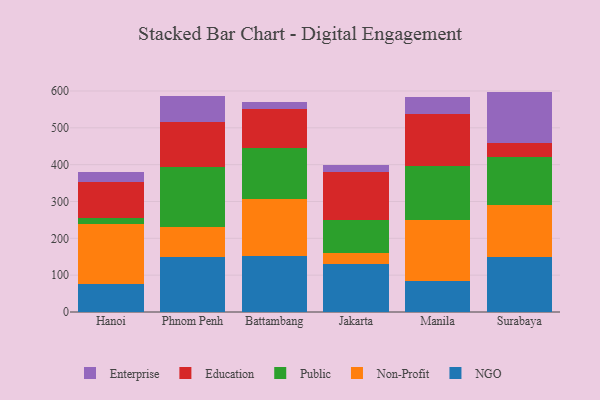
{"axis": {"x": "City", "y": "LTV (USD)"}, "legend": ["Education", "Enterprise", "NGO", "Non-Profit", "Public"], "data": [{"x": "Hanoi", "y": 75.5, "type": "NGO"}, {"x": "Hanoi", "y": 163.4, "type": "Non-Profit"}, {"x": "Hanoi", "y": 16.9, "type": "Public"}, {"x": "Hanoi", "y": 97.5, "type": "Education"}, {"x": "Hanoi", "y": 27.6, "type": "Enterprise"}, {"x": "Phnom Penh", "y": 148.6, "type": "NGO"}, {"x": "Phnom Penh", "y": 81.6, "type": "Non-Profit"}, {"x": "Phnom Penh", "y": 163.8, "type": "Public"}, {"x": "Phnom Penh", "y": 122.9, "type": "Education"}, {"x": "Phnom Penh", "y": 69.8, "type": "Enterprise"}, {"x": "Battambang", "y": 151.2, "type": "NGO"}, {"x": "Battambang", "y": 155.0, "type": "Non-Profit"}, {"x": "Battambang", "y": 139.6, "type": "Public"}, {"x": "Battambang", "y": 104.5, "type": "Education"}, {"x": "Battambang", "y": 20.2, "type": "Enterprise"}, {"x": "Jakarta", "y": 131.1, "type": "NGO"}, {"x": "Jakarta", "y": 30.2, "type": "Non-Profit"}, {"x": "Jakarta", "y": 89.7, "type": "Public"}, {"x": "Jakarta", "y": 130.0, "type": "Education"}, {"x": "Jakarta", "y": 16.8, "type": "Enterprise"}, {"x": "Manila", "y": 84.2, "type": "NGO"}, {"x": "Manila", "y": 166.0, "type": "Non-Profit"}, {"x": "Manila", "y": 147.2, "type": "Public"}, {"x": "Manila", "y": 140.7, "type": "Education"}, {"x": "Manila", "y": 45.3, "type": "Enterprise"}, {"x": "Surabaya", "y": 150.4, "type": "NGO"}, {"x": "Surabaya", "y": 139.4, "type": "Non-Profit"}, {"x": "Surabaya", "y": 129.9, "type": "Public"}, {"x": "Surabaya", "y": 40.4, "type": "Education"}, {"x": "Surabaya", "y": 138.2, "type": "Enterprise"}]}